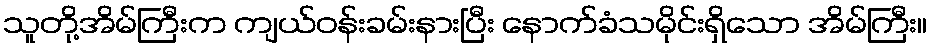
သူတို့အိမ်ကြီးက ကျယ်ဝန်းခမ်းနားပြီး နောက်ခံသမိုင်းရှိသော အိမ်ကြီး။